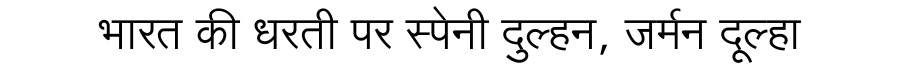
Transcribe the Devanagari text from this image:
भारत की धरती पर स्पेनी दुल्हन, जर्मन दूल्हा